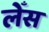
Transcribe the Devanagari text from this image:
लेँस